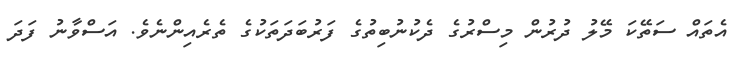
އެތައް ސަތޭކަ މޭލު ދުރުން މިސްރުގެ ދެކުނުބިތުގެ ފަރުބަދަތަކުގެ ތެރެއިންނެވެ. އަސްވާނު ފަދަ